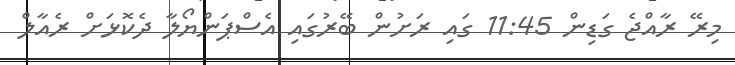
މިރޭ ރާއްޖެ ގަޑިން 11:45 ގައި ރަށުން ބޭރުގައި އެސްޕަންޔޯލާ ދެކޮޅަށް ރެއާލް